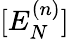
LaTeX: [E_{N}^{(n)}]